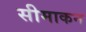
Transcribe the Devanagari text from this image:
सीमाकन